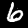
Label: 6